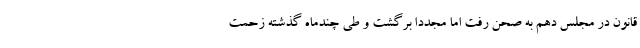
قانون در مجلس دهم به صحن رفت اما مجددا برگشت و طی چندماه گذشته زحمت